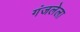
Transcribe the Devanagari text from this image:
गंजलेला